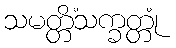
သမတ္တိံသက္ခတ္တုံ